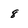
Character: 8